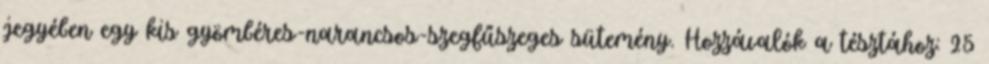
jegyében egy kis gyömbéres-narancsos-szegfűszeges sütemény. Hozzávalók a tésztához: 25